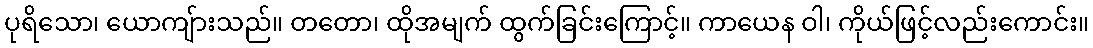
ပုရိသော၊ ယောကျ်ားသည်။ တတော၊ ထိုအမျက် ထွက်ခြင်းကြောင့်။ ကာယေန ဝါ၊ ကိုယ်ဖြင့်လည်းကောင်း။